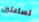
لساعتين